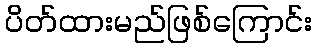
ပိတ်ထားမည်ဖြစ်ကြောင်း